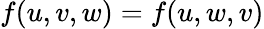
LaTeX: f(u,v,w)=f(u,w,v)